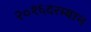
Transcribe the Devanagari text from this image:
२०१६दरम्यान